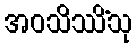
အဝသိဿိံသု